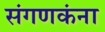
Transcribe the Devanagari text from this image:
संगणकंना